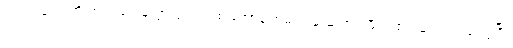
ကောင်လေးကို ကွင်းထဲပြန်သွားဖို့ ဂျူးဒစ် အော်ပြောမည့် ဆဲဆဲတွင် ဖီးလစ်ကလေးက ဒေါပွပြီး